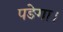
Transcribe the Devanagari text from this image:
पङेगा।